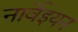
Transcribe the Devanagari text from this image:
नार्वेइयन